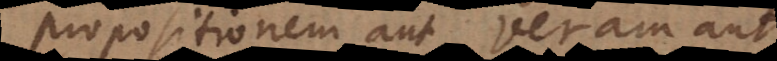
propositionem aut veram aut